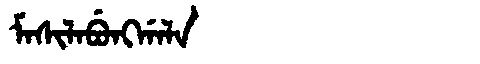
Manchu: ᠮᠠᠰᡳᠯᠠᠪᡠᠩᡤᠠᠯᠠ
Romanization: MASILABUNGGALA